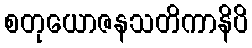
စတုယောဇနသတိကာနိပိ